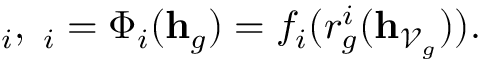
\mathbf \mu _ { i } , \mathbf \Sigma _ { i } = \Phi _ { i } ( \mathbf h _ { g } ) = f _ { i } ( r _ { g } ^ { i } ( \mathbf h _ { \mathcal V _ { g } } ) ) .